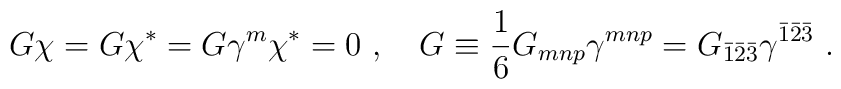
G \chi = G \chi^* = G \gamma^m \chi^* = 0\ ,\quad G \equiv \frac{1}{6}G_{mnp} \gamma^{mnp} = G_{\bar 1 \bar 2 \bar 3} \gamma^{\bar 1 \bar 2 \bar 3}\ .